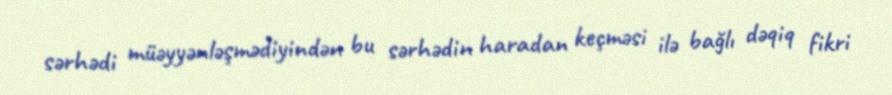
sərhədi müəyyənləşmədiyindən bu sərhədin haradan keçməsi ilə bağlı dəqiq fikri